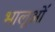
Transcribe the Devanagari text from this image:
भालूओंं